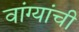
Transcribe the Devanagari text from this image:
वांग्यांची